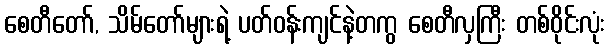
စေတီတော်, သိမ်တော်များရဲ့ ပတ်ဝန်းကျင်နဲ့တကွ စေတီလှကြီး တစ်ဝိုင်းလုံး